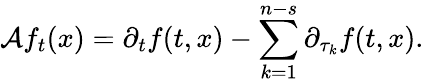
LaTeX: \mathcal{A}f_{t}(x)=\partial_{t}f(t,x)-\sum_{k=1}^{n-s}\partial_{\tau_{k}}f(t,x).